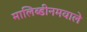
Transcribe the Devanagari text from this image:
मालिब्डीनमवाले